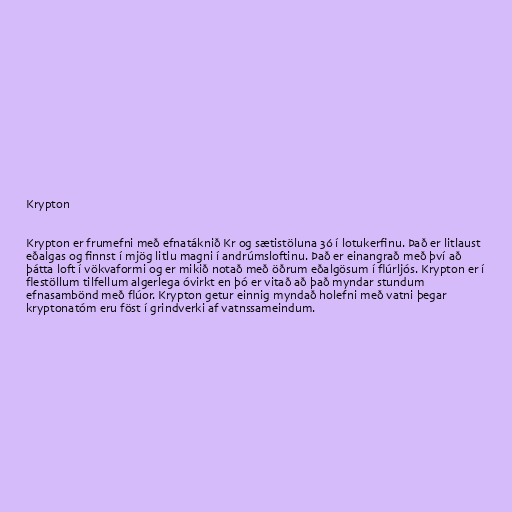
Krypton

Krypton er frumefni með efnatáknið Kr og sætistöluna 36 í lotukerfinu. Það er litlaust
eðalgas og finnst í mjög litlu magni í andrúmsloftinu. Það er einangrað með því að
þátta loft í vökvaformi og er mikið notað með öðrum eðalgösum í flúrljós. Krypton er í
flestöllum tilfellum algerlega óvirkt en þó er vitað að það myndar stundum
efnasambönd með flúor. Krypton getur einnig myndað holefni með vatni þegar
kryptonatóm eru föst í grindverki af vatnssameindum.